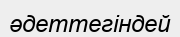
әдеттегіндей